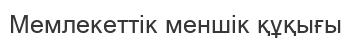
Мемлекеттік меншік құқығы